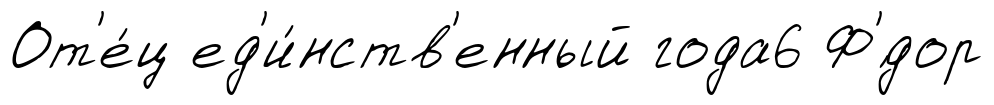
От'е́ц ед'и́нств'енный года6 Ф'́дор